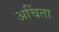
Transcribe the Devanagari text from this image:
अचिंता